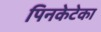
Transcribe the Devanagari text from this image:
पिनकेटेका